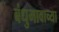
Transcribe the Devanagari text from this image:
बंधुभावाच्या